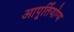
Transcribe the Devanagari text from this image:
आपूर्तियोग्य